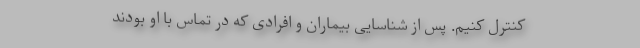
کنترل کنیم. پس از شناسایی بیماران و افرادی که در تماس با او بودند